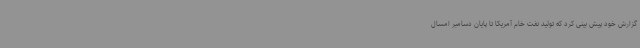
گزارش خود پیش بینی کرد که تولید نفت خام آمریکا تا پایان دسامبر امسال